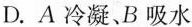
D.A冷凝、B吸水